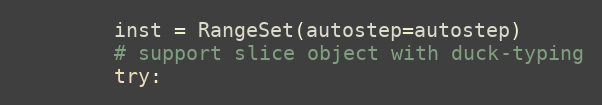
Language: Python
        inst = RangeSet(autostep=autostep)
        # support slice object with duck-typing
        try: